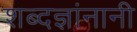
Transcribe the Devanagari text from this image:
शब्दज्ञांनानी